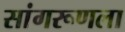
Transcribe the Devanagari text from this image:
सांगरूणला